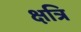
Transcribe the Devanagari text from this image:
क्षत्रि